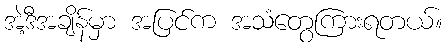
အဲ့ဒီအချိန်မှာ အပြင်က အသံတွေကြားရတယ်။